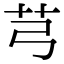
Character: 芎